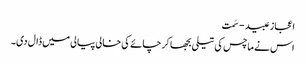
اعجاز عبید - سَمت
اس نے ماچس کی تیلی بجھا کر چائے کی خالی پیالی میں ڈال دی۔